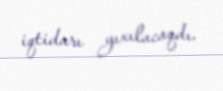
iqtidarı yıxılacaqdı.